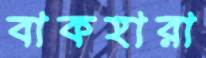
বাকহারা